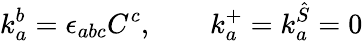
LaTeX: k_{a}^{b}=\epsilon_{abc}C^{c},\qquad k_{a}^{+}=k_{a}^{\hat{S}}=0